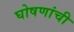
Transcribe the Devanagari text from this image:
घोषणांची